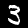
Digit: 3